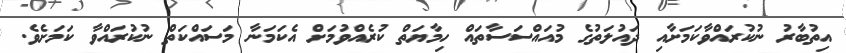
އިތުބާރު ނުކުރައްވާކަމަށާއި ދައުލަތުގެ މުއައްސަސާތައް ހިމާޔަތް ކުރެއްވުމަށް އެކަމަނާ މަސައްކަތް ނުކުރައްވާ ކަމަށެވެ.